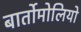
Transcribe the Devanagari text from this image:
बार्तोमोलियो